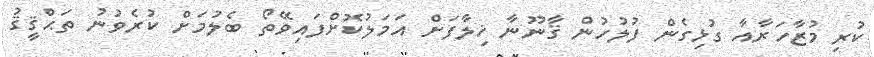
ކުރި މުޒާހަރާއާ ގުޅިގެން ފުލުހުން ޤާނޫނާ ޚިލާފަށް އަމަލުކޮށްފައިވޭތޯ ބެލުމަށް ކުރެވުނު ތަޙްޤީޤު